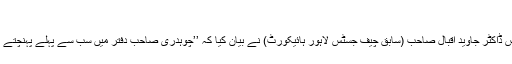
‘‘
جسٹس ڈاکٹر جاوید اقبال صاحب (سابق چیف جسٹس لاہور ہائیکورٹ) نے بیان کیا کہ ’’چوہدری صاحب دفتر میں سب سے پہلے پہنچتے تھے۔